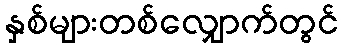
နှစ်များတစ်လျှောက်တွင်